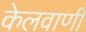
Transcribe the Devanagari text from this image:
केलवाणी